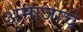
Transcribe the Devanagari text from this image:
अमाजांचे